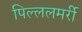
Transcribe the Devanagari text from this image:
पिल्ललमर्री